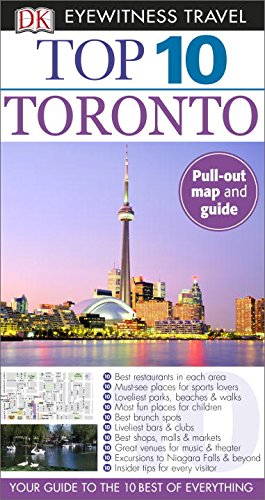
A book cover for Top 10 Toronto (Eyewitness Top 10 Travel Guide); Lorraine Johnson; Travel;